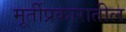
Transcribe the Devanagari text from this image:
मूर्तीप्रकारातील